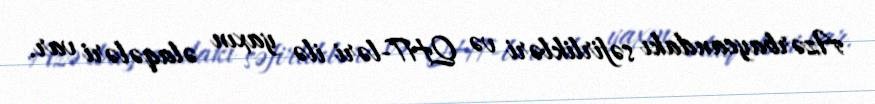
Azərbaycandakı səfirlikləri və QHT-ləri ilə yaxın əlaqələri var.